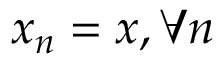
x _ { n } = x , \forall n